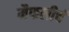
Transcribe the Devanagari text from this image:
मैफलीचं